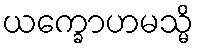
ယက္ခောဟမသ္မိ